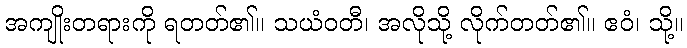
အကျိုးတရားကို ရတတ်၏။ သယံဝတီ၊ အလိုသို့ လိုက်တတ်၏။ ဧဝံ၊ သို့။